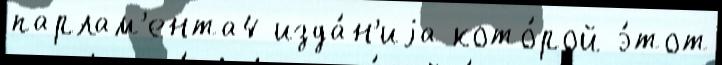
парлам'ента4 изда́н'иjа кото́рой э́тот